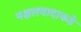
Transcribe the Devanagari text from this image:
नक्षलवादाकडे